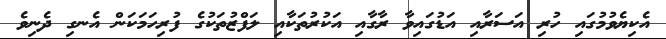
އެކިޔެވުމުގައި ހުރި އަސަރާއި އަޑުގައިވާ ރާގާއި އަކުރުތަކާއި ލަފްޒުތަކުގެ ފުރިހަމަކަން އެނގި ދެނިވެ